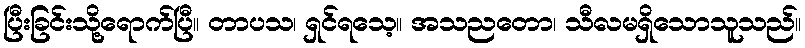
ပြီးခြင်းသို့ရောက်ပြီ။ တာပသ၊ ရှင်ရသေ့။ အသညတော၊ သီလမရှိသောသူသည်။